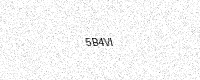
Text: 5B4VI